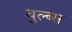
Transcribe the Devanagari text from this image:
वुल्ब्स